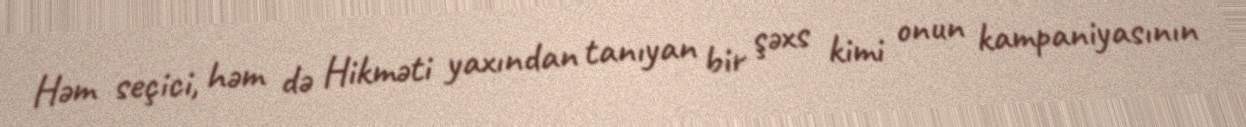
Həm seçici, həm də Hikməti yaxından tanıyan bir şəxs kimi onun kampaniyasının